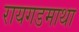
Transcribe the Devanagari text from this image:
रायगडमाथा